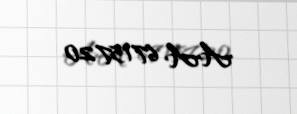
AA 6715720